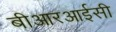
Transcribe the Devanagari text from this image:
बीआरआईसी